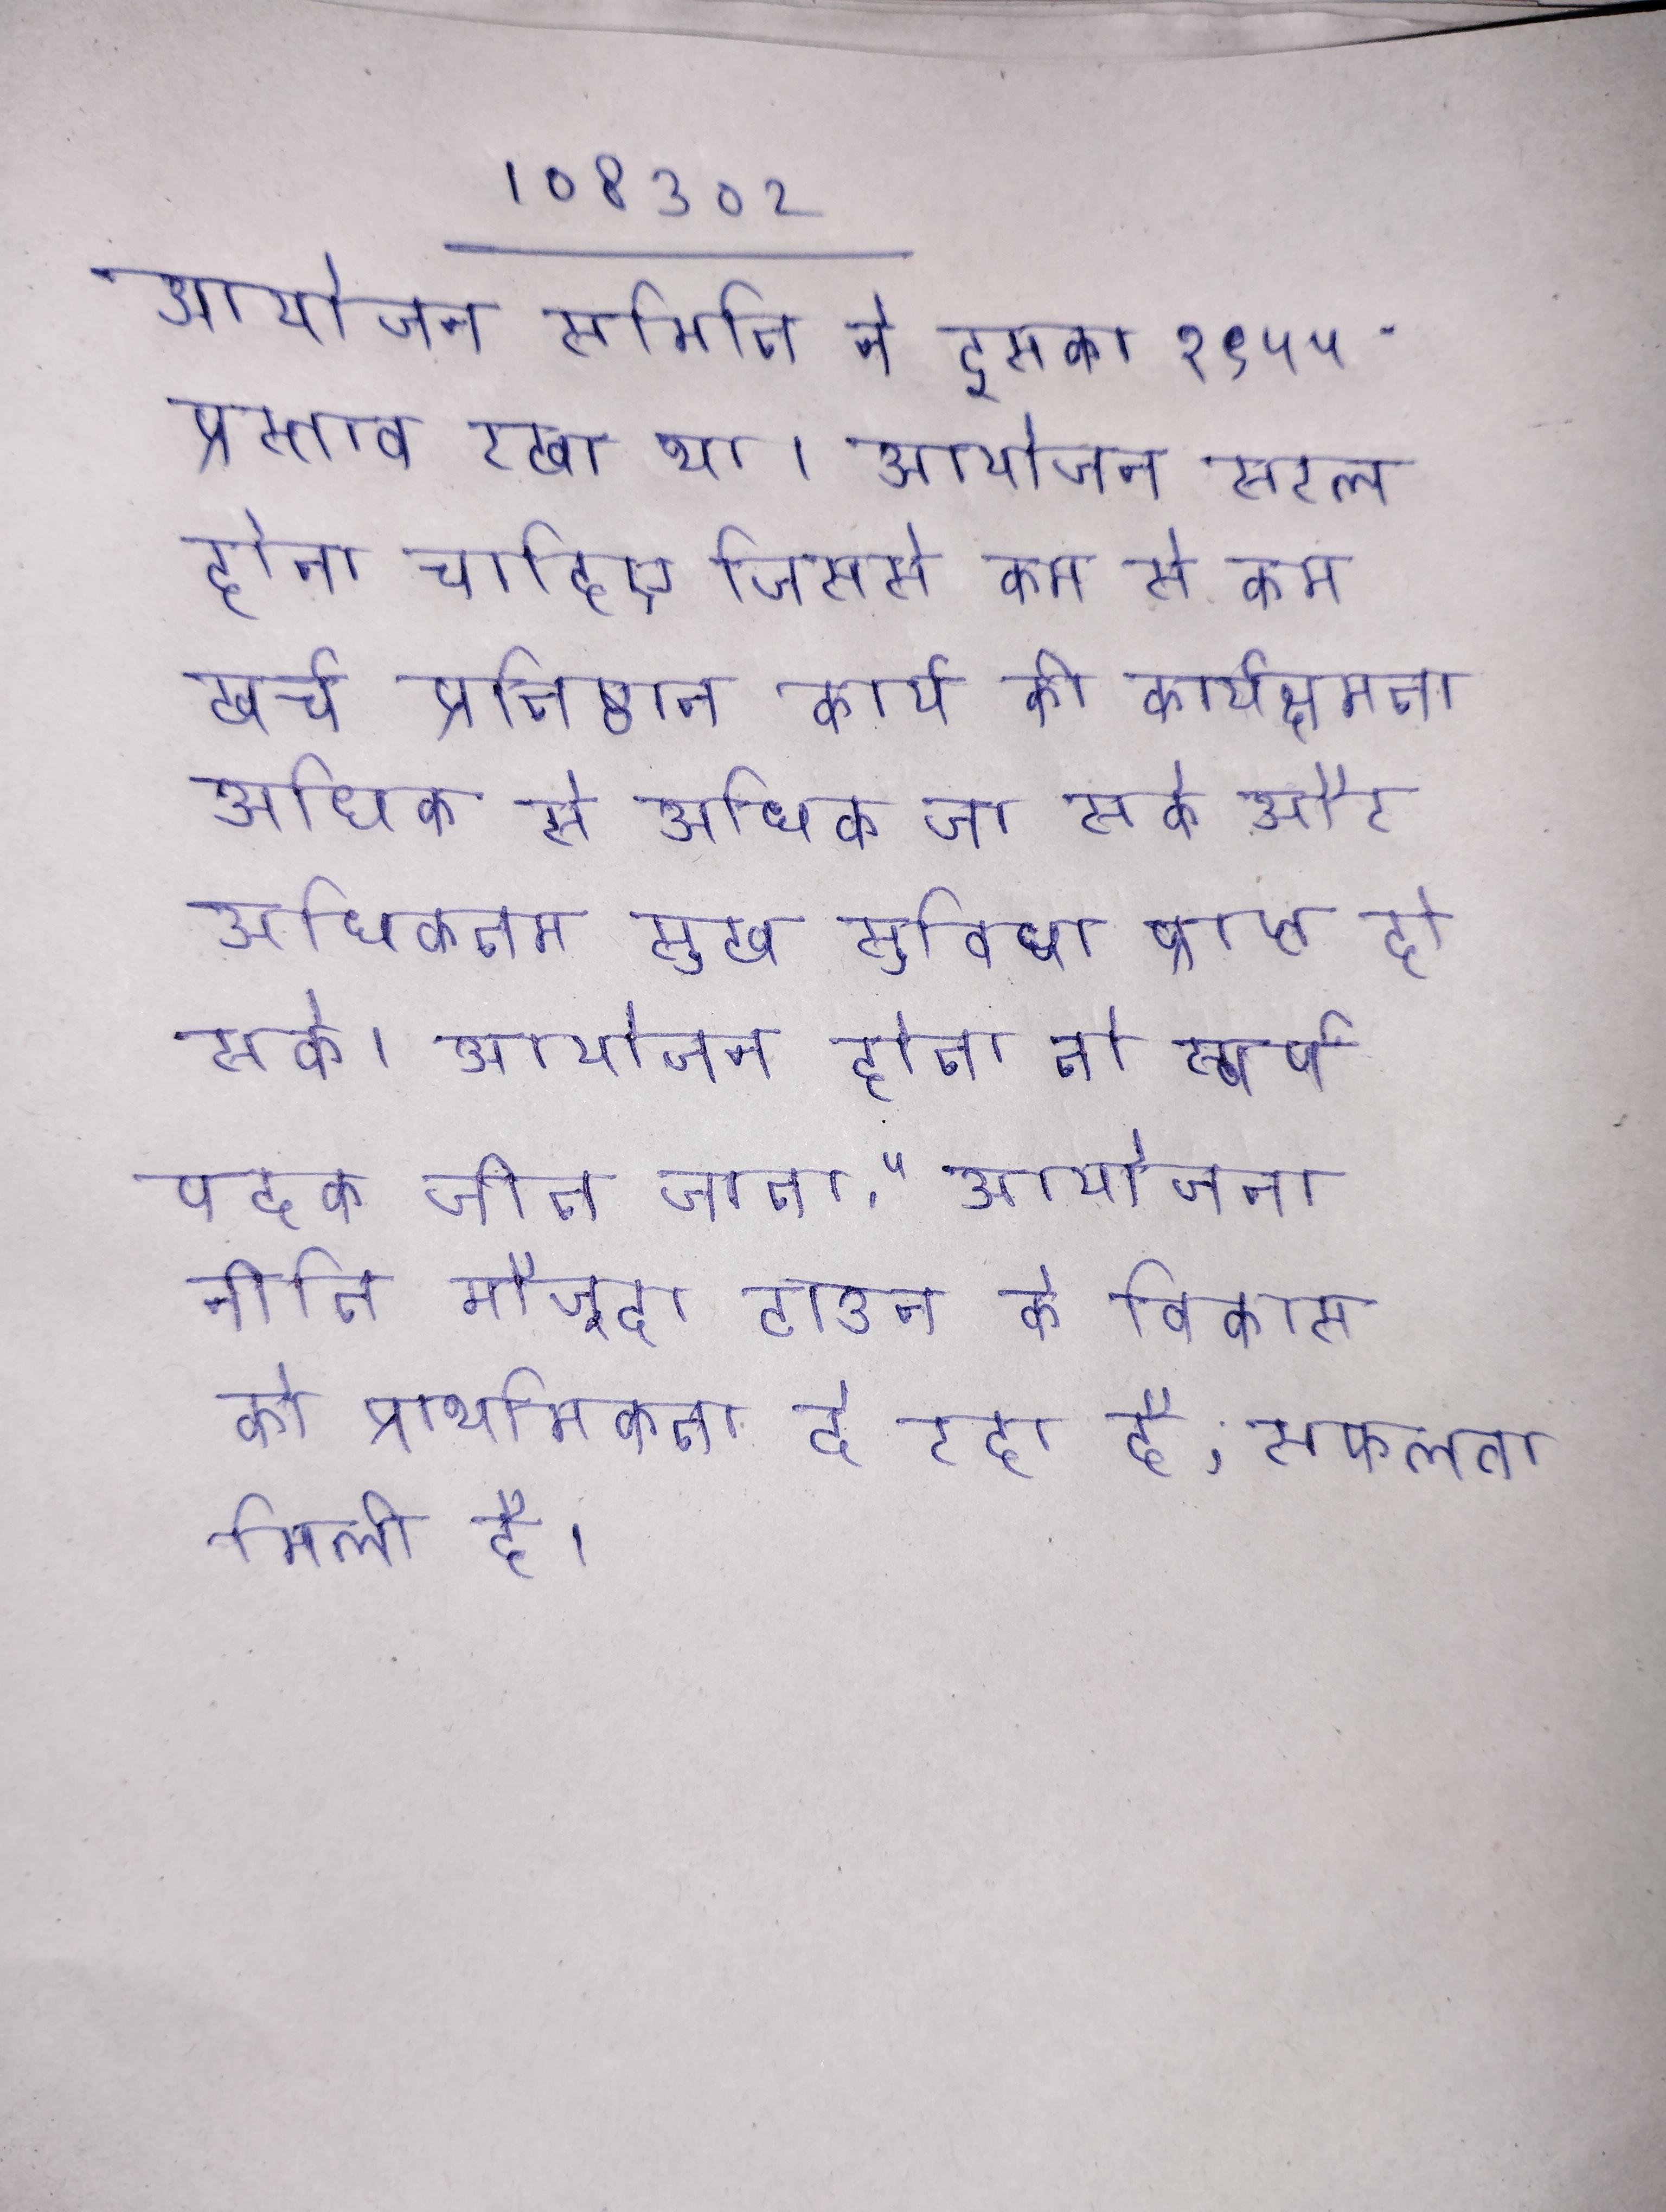
आयोजन समिति ने इसका १९५५ प्रस्ताव रखा था । आयोजन सरल होना चाहिए जिससे कम से कम खर्च प्रतिष्ठान कार्य की कार्यक्षमता अधिक से अधिक जा सके और अधिकतम सुख सुविधा प्राप्त हो सके । आयोजन होता तो स्वर्ण पदक जीत जाता." आयोजना नीति मौजूदा टाउन के विकास को प्राथमिकता दे रहा है, सफलता मिली है ।